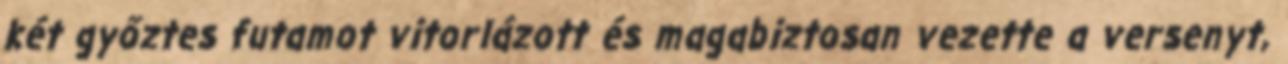
két győztes futamot vitorlázott és magabiztosan vezette a versenyt,